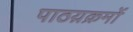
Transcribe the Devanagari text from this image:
पाठय़क्रमों